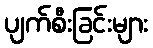
ပျက်စီးခြင်းများ